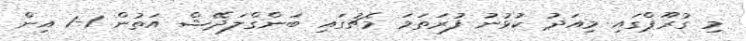
މި ގުރޫޕްގައި މިއަދު ކުޅުނު ފުރަތަމަ މެޗުގައި ބަންގްލަދޭޝް އަތުން 1-1 އިން